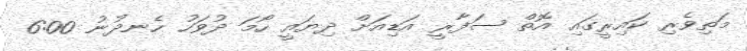
މަތިވެރި ކައިރީގައި އޮތް ސަފާރީ އަޑިއަށް ދިޔައީ ހޯމަ ދުވަހު ހެނދުނު 6:00